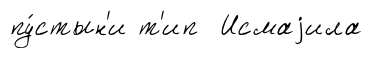
пу́стын'и т'ип Исмаjила